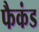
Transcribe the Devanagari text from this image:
फैकंड